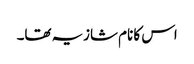
اس کا نام شازیہ تھا۔